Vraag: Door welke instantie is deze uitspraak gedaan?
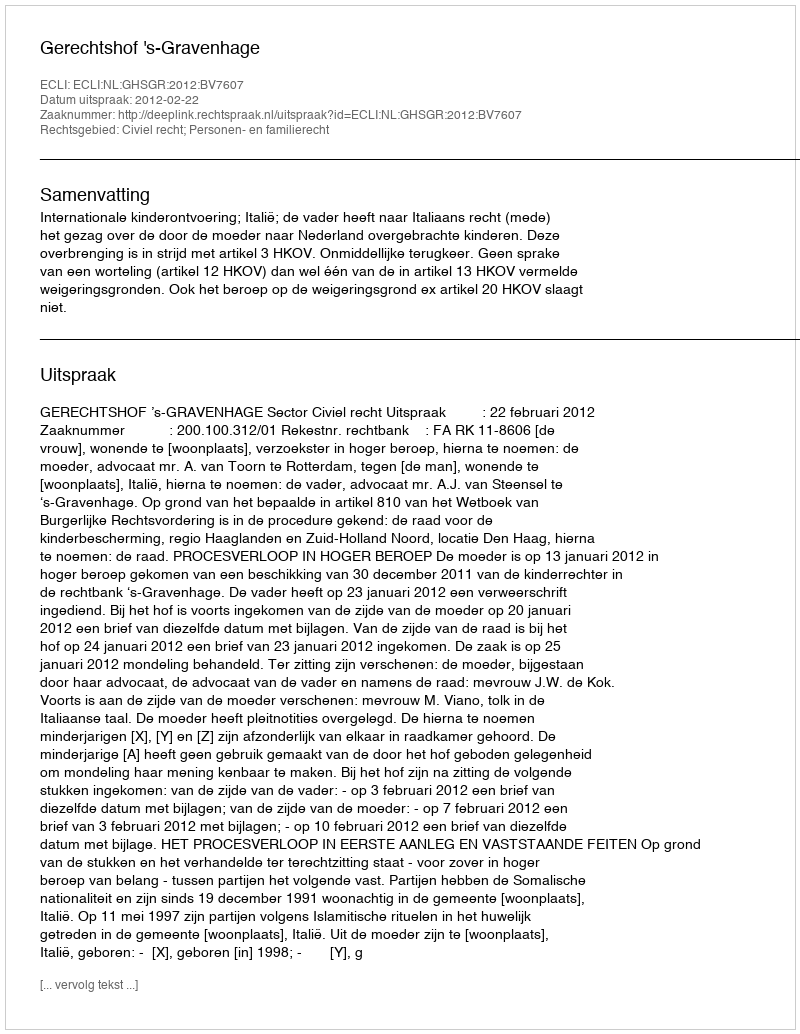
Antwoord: Gerechtshof 's-Gravenhage